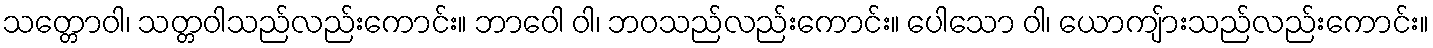
သတ္တောဝါ၊ သတ္တဝါသည်လည်းကောင်း။ ဘာဝေါ ဝါ၊ ဘဝသည်လည်းကောင်း။ ပေါသော ဝါ၊ ယောကျ်ားသည်လည်းကောင်း။